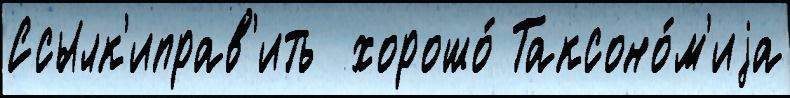
Ссылк'иправ'ить  хорошо́ Таксоно́м'иjа